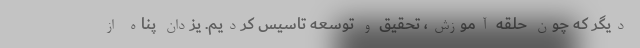
دیگر که چون حلقه آموزش، تحقیق و توسعه تاسیس کردیم. یزدان پناه از